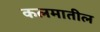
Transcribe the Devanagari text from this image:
कलमातील